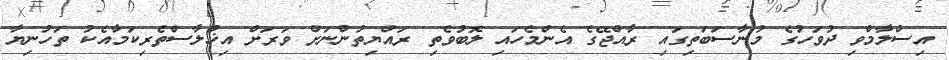
އިސްލާމްވި ދުވަހުގެ މުނާސަބަތިގައި ރާއްޖޭގެ އެންމެހައި ލޮބުވެތި ރައްޔިތުންނަށް ވަރަށް އިޚްލާސްތެރިކަމާއެކު ތަހުނިޔާ